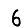
Digit: 6